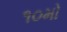
૧૦મો